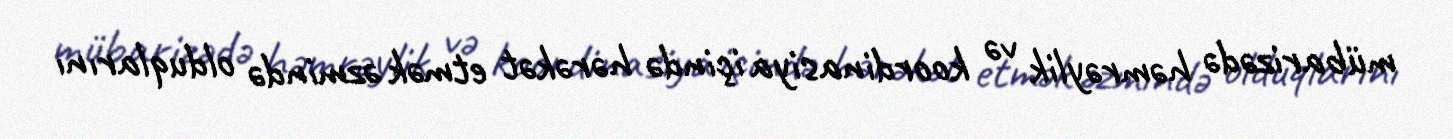
mübarizədə həmrəylik və koordinasiya içində hərəkət etmək əzmində olduqlarını